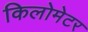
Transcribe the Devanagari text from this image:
किलोमेटर